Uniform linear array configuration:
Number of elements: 48
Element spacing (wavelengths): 0.5
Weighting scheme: hamming
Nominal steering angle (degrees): -30
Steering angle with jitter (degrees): -31.494
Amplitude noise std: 0.05
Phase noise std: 0.05

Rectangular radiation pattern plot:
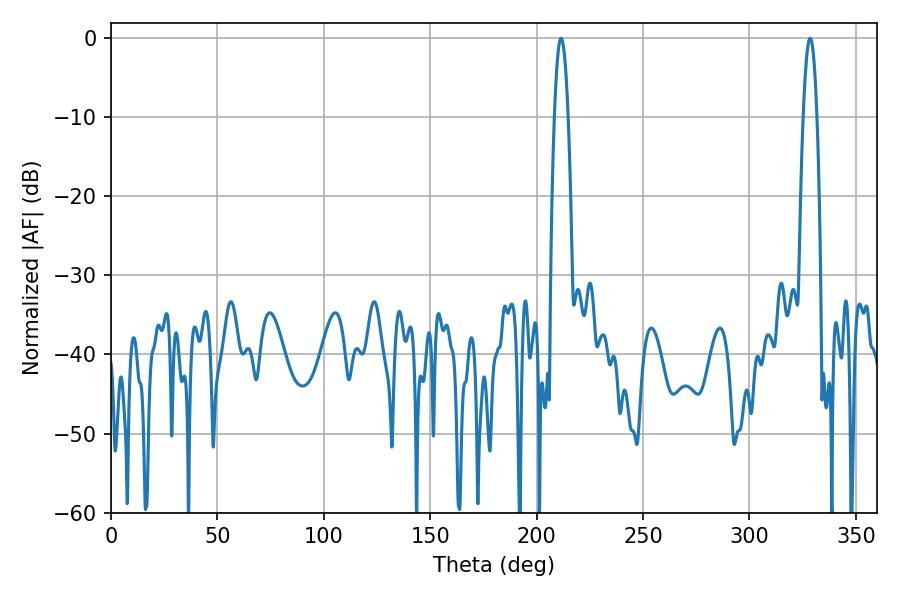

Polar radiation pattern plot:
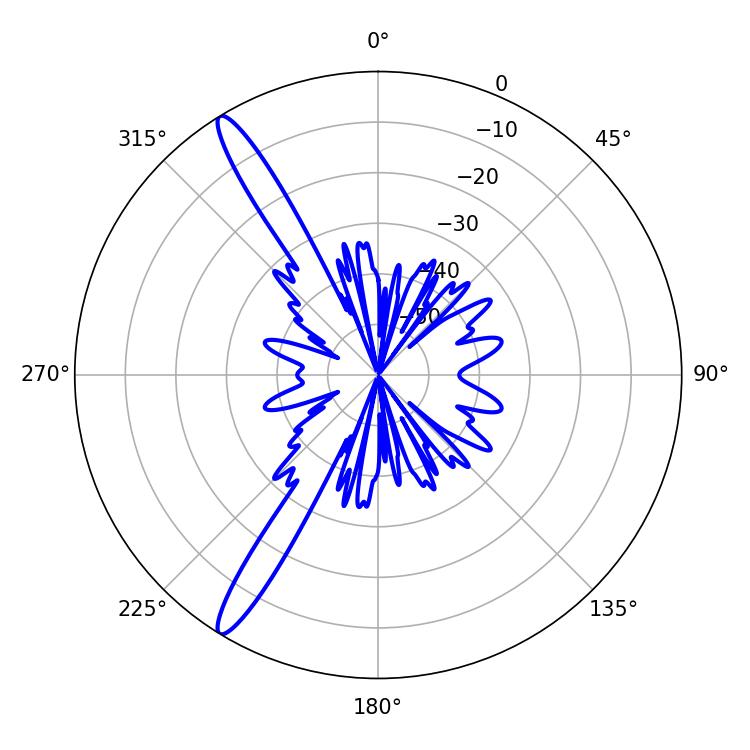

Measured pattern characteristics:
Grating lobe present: FALSE
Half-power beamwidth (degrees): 3.6
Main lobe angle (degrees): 328.5